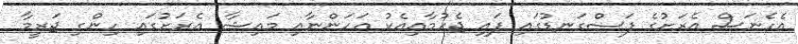
އެހެނަސް އެރަށުގެ ފަސްގަނޑުގައި ފައި ޖެހުމާއިއެކު އަހަންނާއި މައިޝާ އެރަށުގައި ހިންގި ޖަރީމާ